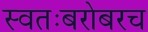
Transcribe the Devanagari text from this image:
स्वतःबरोबरच